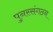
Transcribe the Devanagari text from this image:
पुनस्संगठन